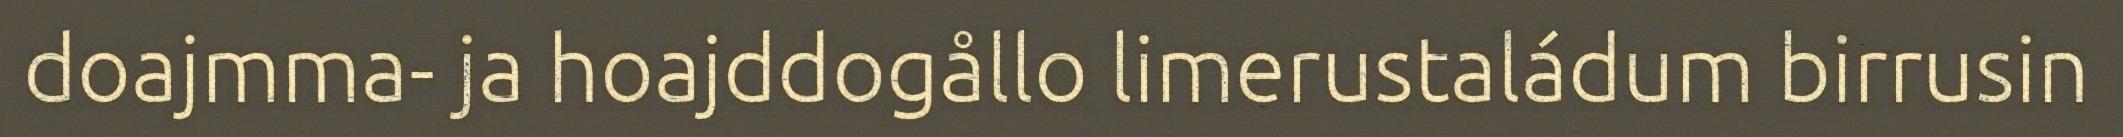
doajmma- ja hoajddogållo limerustaládum birrusin